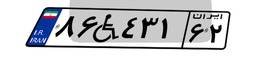
۸۶W۴۳۱۶۲